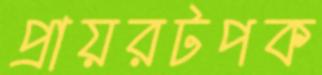
প্রায়রটপক